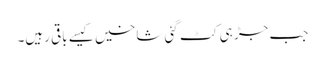
جب جڑ ہی کٹ گئی شاخیں کیسے باقی رہیں۔